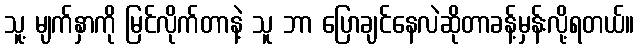
သူ့ မျက်နှာကို မြင်လိုက်တာနဲ့ သူ ဘာ ပြောချင်နေလဲဆိုတာခန့်မှန်းလို့ရတယ်။